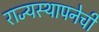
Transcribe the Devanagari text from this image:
राज्यस्थापनेची